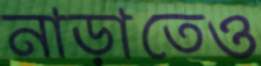
নাড়াতেও